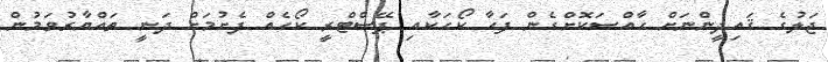
ޖަލުގެ ޤައިދީންނަށް ހާއްސަކޮށްގެން ފަހާ ކޯހަކާއި ޕޭސްޓްރީ ކޯހެއް ފެށުމަށް ދަނީ ތައްޔާރުވަމުން